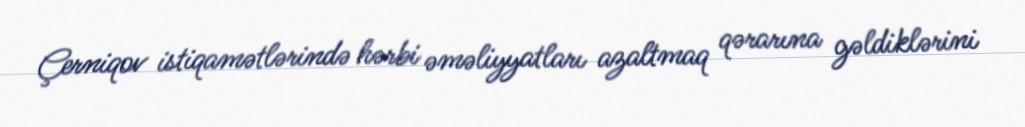
Çerniqov istiqamətlərində hərbi əməliyyatları azaltmaq qərarına gəldiklərini